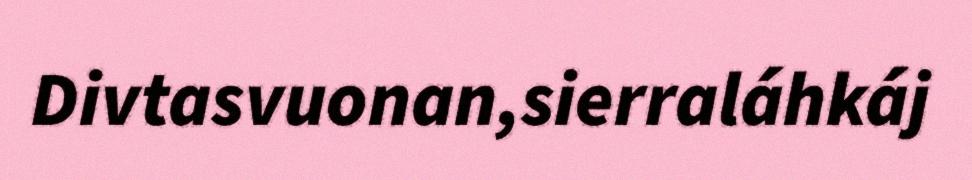
Divtasvuonan,sierraláhkáj